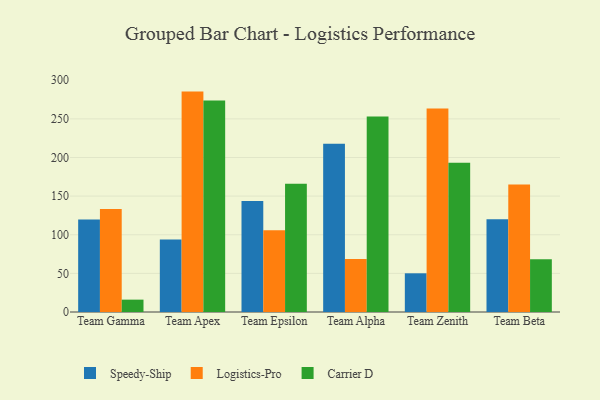
{"axis": {"x": "Team", "y": "Active Users"}, "legend": ["Carrier D", "Logistics-Pro", "Speedy-Ship"], "data": [{"x": "Team Gamma", "y": 119.7, "type": "Speedy-Ship"}, {"x": "Team Gamma", "y": 133.2, "type": "Logistics-Pro"}, {"x": "Team Gamma", "y": 16.0, "type": "Carrier D"}, {"x": "Team Apex", "y": 93.7, "type": "Speedy-Ship"}, {"x": "Team Apex", "y": 285.3, "type": "Logistics-Pro"}, {"x": "Team Apex", "y": 273.8, "type": "Carrier D"}, {"x": "Team Epsilon", "y": 143.7, "type": "Speedy-Ship"}, {"x": "Team Epsilon", "y": 105.8, "type": "Logistics-Pro"}, {"x": "Team Epsilon", "y": 166.0, "type": "Carrier D"}, {"x": "Team Alpha", "y": 217.7, "type": "Speedy-Ship"}, {"x": "Team Alpha", "y": 68.7, "type": "Logistics-Pro"}, {"x": "Team Alpha", "y": 253.1, "type": "Carrier D"}, {"x": "Team Zenith", "y": 50.1, "type": "Speedy-Ship"}, {"x": "Team Zenith", "y": 263.4, "type": "Logistics-Pro"}, {"x": "Team Zenith", "y": 193.2, "type": "Carrier D"}, {"x": "Team Beta", "y": 120.1, "type": "Speedy-Ship"}, {"x": "Team Beta", "y": 165.2, "type": "Logistics-Pro"}, {"x": "Team Beta", "y": 68.4, "type": "Carrier D"}]}